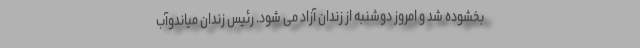
بخشوده شد و امروز دوشنبه از زندان آزاد می شود. رئیس زندان میاندوآب